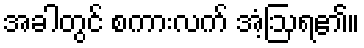
အခါတွင် စကားလက် အံ့ဩရ၏။